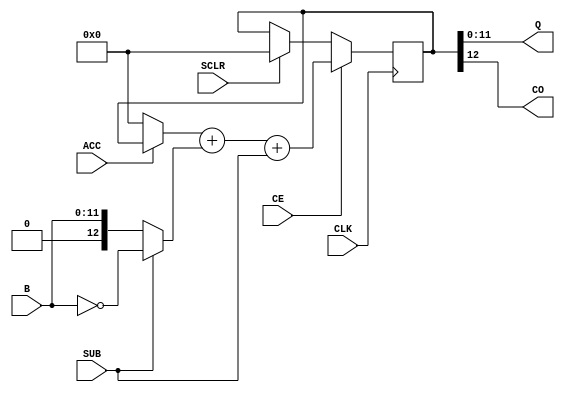
module acc12s (
    input SUB,
	 input ACC,
    input [11:0] B,
    output [11:0] Q,
	 output CO,
    input CLK,
	 input CE,
	 input SCLR
    );
// internal signals
reg [12:0] S;	// 12-bit sum plus carry out
// infer adder/subtractors with AND gates on A inputs
always @ (posedge CLK)
begin
	if (SCLR) S <= 0;
	if (CE) S <= (ACC ? S : 12'h0000) + (SUB ? ~B : B) + SUB;
end
// connect outputs
assign Q = S[11:0];
assign CO = S[12];
endmodule